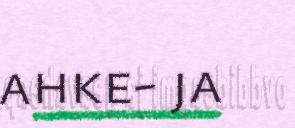
ahke- ja